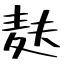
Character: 麸